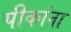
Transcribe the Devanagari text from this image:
पीकांना